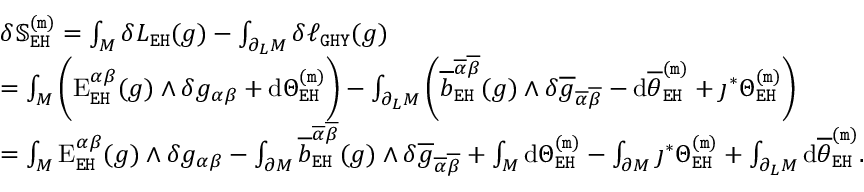
\begin{array} { r l } & { \delta \mathbb { S } _ { \mathtt { E H } } ^ { \mathtt { ( m ) } } = \int _ { M } \delta L _ { \mathtt { E H } } ( g ) - \int _ { \partial _ { L } M } \delta \ell _ { \mathtt { G H Y } } ( g ) } \\ & { = \int _ { M } \bigg ( \mathrm { E } _ { \mathtt { E H } } ^ { \alpha \beta } ( g ) \wedge \delta g _ { \alpha \beta } + \mathrm { d } \Theta _ { \mathtt { E H } } ^ { \mathtt { ( m ) } } \bigg ) - \int _ { \partial _ { L } M } \bigg ( \overline { { b } } _ { \mathtt { E H } } ^ { \overline { { \alpha } } \overline { { \beta } } } ( g ) \wedge \delta \overline { { g } } _ { \overline { { \alpha } } \overline { { \beta } } } - \mathrm { d } \overline { { \theta } } _ { \mathtt { E H } } ^ { \mathtt { ( m ) } } + \jmath ^ { * } \Theta _ { \mathtt { E H } } ^ { \mathtt { ( m ) } } \bigg ) } \\ & { = \int _ { M } \mathrm { E } _ { \mathtt { E H } } ^ { \alpha \beta } ( g ) \wedge \delta g _ { \alpha \beta } - \int _ { \partial M } \overline { { b } } _ { \mathtt { E H } } ^ { \overline { { \alpha } } \overline { { \beta } } } ( g ) \wedge \delta \overline { { g } } _ { \overline { { \alpha } } \overline { { \beta } } } + \int _ { M } \mathrm { d } \Theta _ { \mathtt { E H } } ^ { \mathtt { ( m ) } } - \int _ { \partial M } \jmath ^ { * } \Theta _ { \mathtt { E H } } ^ { \mathtt { ( m ) } } + \int _ { \partial _ { L } M } \mathrm { d } \overline { { \theta } } _ { \mathtt { E H } } ^ { \mathtt { ( m ) } } . } \end{array}